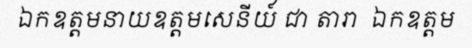
ឯកឧត្តមនាយឧត្តមសេនីយ៍ ជា តារា  ឯកឧត្តម